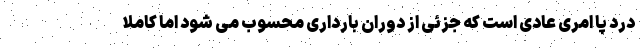
درد پا امری عادی است که جزئی از دوران بارداری محسوب می شود اما کاملاً